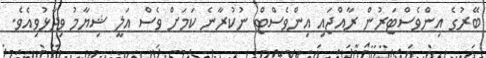
ބޭރުގެ އިންވެސްޓަރުން ރާއްޖައި އިންވެސްޓް ނުކުރާނެ ކަމަށް ވެސް އަލީ ޝިޔާމު ވިދާޅުވިއެވެ.